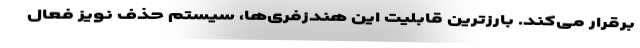
برقرار می‌کند. بارزترین قابلیت این هندزفری‌ها، سیستم حذف نویز فعال